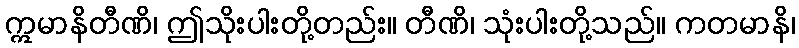
ဣမာနိတီဏိ၊ ဤသိုးပါးတို့တည်း။ တီဏိ၊ သုံးပါးတို့သည်။ ကတမာနိ၊